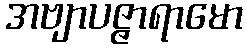
အဗျာပဇ္ဇာရာမော